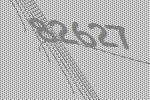
82627